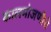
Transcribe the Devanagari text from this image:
कालमोजणीचे